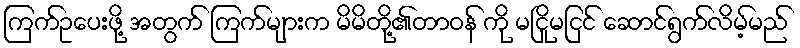
ကြက်ဥပေးဖို့ အတွက် ကြက်များက မိမိတို့၏တာဝန် ကို မငြိုမငြင် ဆောင်ရွက်လိမ့်မည်